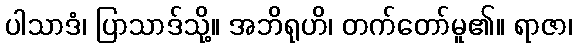
ပါသာဒံ၊ ပြာသာဒ်သို့။ အဘိရုဟိ၊ တက်တော်မူ၏။ ရာဇာ၊